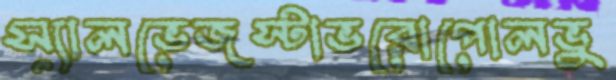
স্যালভেজস্টাভরোপোলভু